Preparation of a safe and efficient antirabic vaccine - Number 44
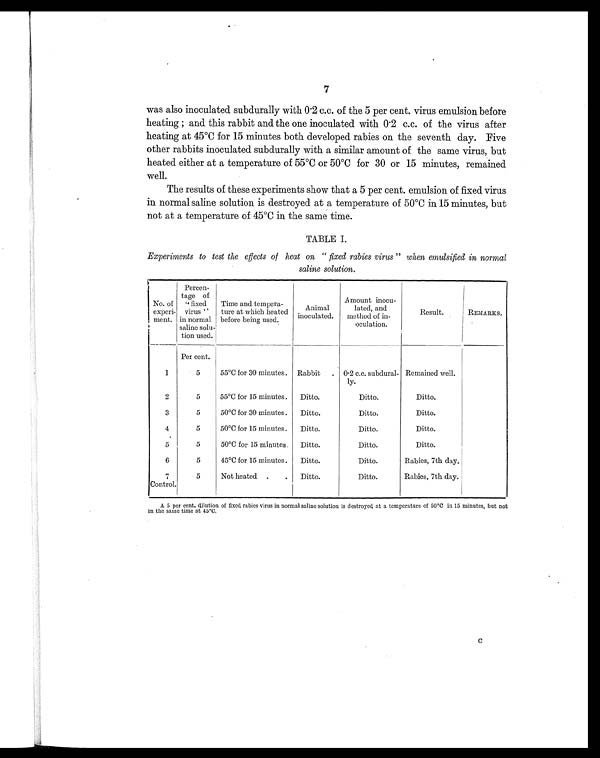
7
was also inoculated subdurally with 0 . 2 c.c. of the 5 per cent. virus emulsion before
h e a t i n g ; a n d t h i s r a b b i t a n d t h e o n e i n o c u l a t e d wi t h 0 . 2 c . c . o f t h e v i r u s a f t e r
heating at 45°C for 15 minutes both developed rabies on the seventh day. Five
other rabbits inoculated subdurally with a similar amount of the same virus, but
heated either at a temperature of 55°C or 50°C for 30 or 15 minutes, remained
well.
The results of these experiments show that a 5 per cent. emulsion of fixed virus
in normal saline solution is destroyed at a temperature of 50°C in 15 minutes, but
not at a temperature of 45°C in the same time.
TABLE I.
Experiments to test the effects of heat on " fixed rabies virus" when emulsified in normal
saline solution.
No. of
experi-
ment.
Percen-
tage of
" fixed
virus "
in normal
saline solu-
tion used.
Time and tempera-
ture at which heated
before being used.
Animal
inoculated.
Amount inocu-
laced, and
method of in-
oculation.
Result.
REMARKS.
Per cent.
1
5
55°C for 30 minutes .
Rabbit
. 0.2 c.c. subdural-
ly.
Remained well.
2
5
55°C for 15 minutes .
Ditto.
Ditto.
Ditto.
3
5
50°C for 30 minutes .
Ditto.
Ditto.
Ditto.
4
5
50°C for 15 minutes.
Ditto.
Ditto.
Ditto.
5
5
50°C for 15 minutes .
Ditto.
Ditto.
Ditto.
6
5
45°C for 15 minutes.
Ditto.
Ditto.
Rabies, 7th day.
7
5
Not heated .
.
Ditto.
Ditto.
Rabies, 7th day.
Control.
A 5 per cent. dilution of fixed rabies virus in normal saline solution is destroyed at a temperature of 50°C in 15 minutes, but not
in the same time at 45°C.